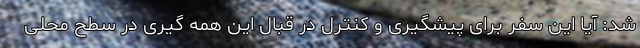
شد: آیا این سفر برای پیشگیری و کنترل در قبال این همه گیری در سطح محلی